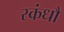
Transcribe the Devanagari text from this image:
स्कंधौ